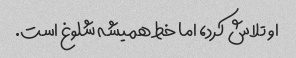
او تلاش کرد، اما خط همیشه شلوغ است.